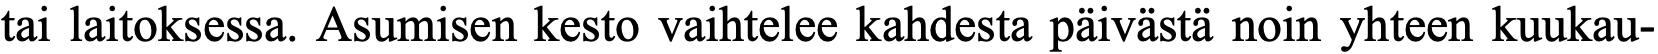
tai laitoksessa. Asumisen kesto vaihtelee kahdesta päivästä noin yhteen kuukau-